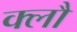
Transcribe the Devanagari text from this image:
क्लौ